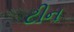
ટીન